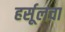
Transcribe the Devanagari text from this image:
हर्सूलचा